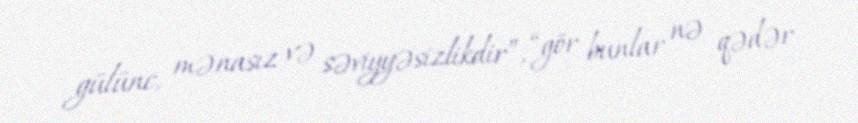
gülünc, mənasız və səviyyəsizlikdir”, “gör bunlar nə qədər